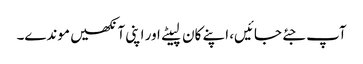
آپ جئے جائیں، اپنے کان لپیٹے اور اپنی آنکھیں موندے۔